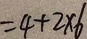
= 4 + 2 \times 6